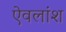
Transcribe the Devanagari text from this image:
ऐवलांश